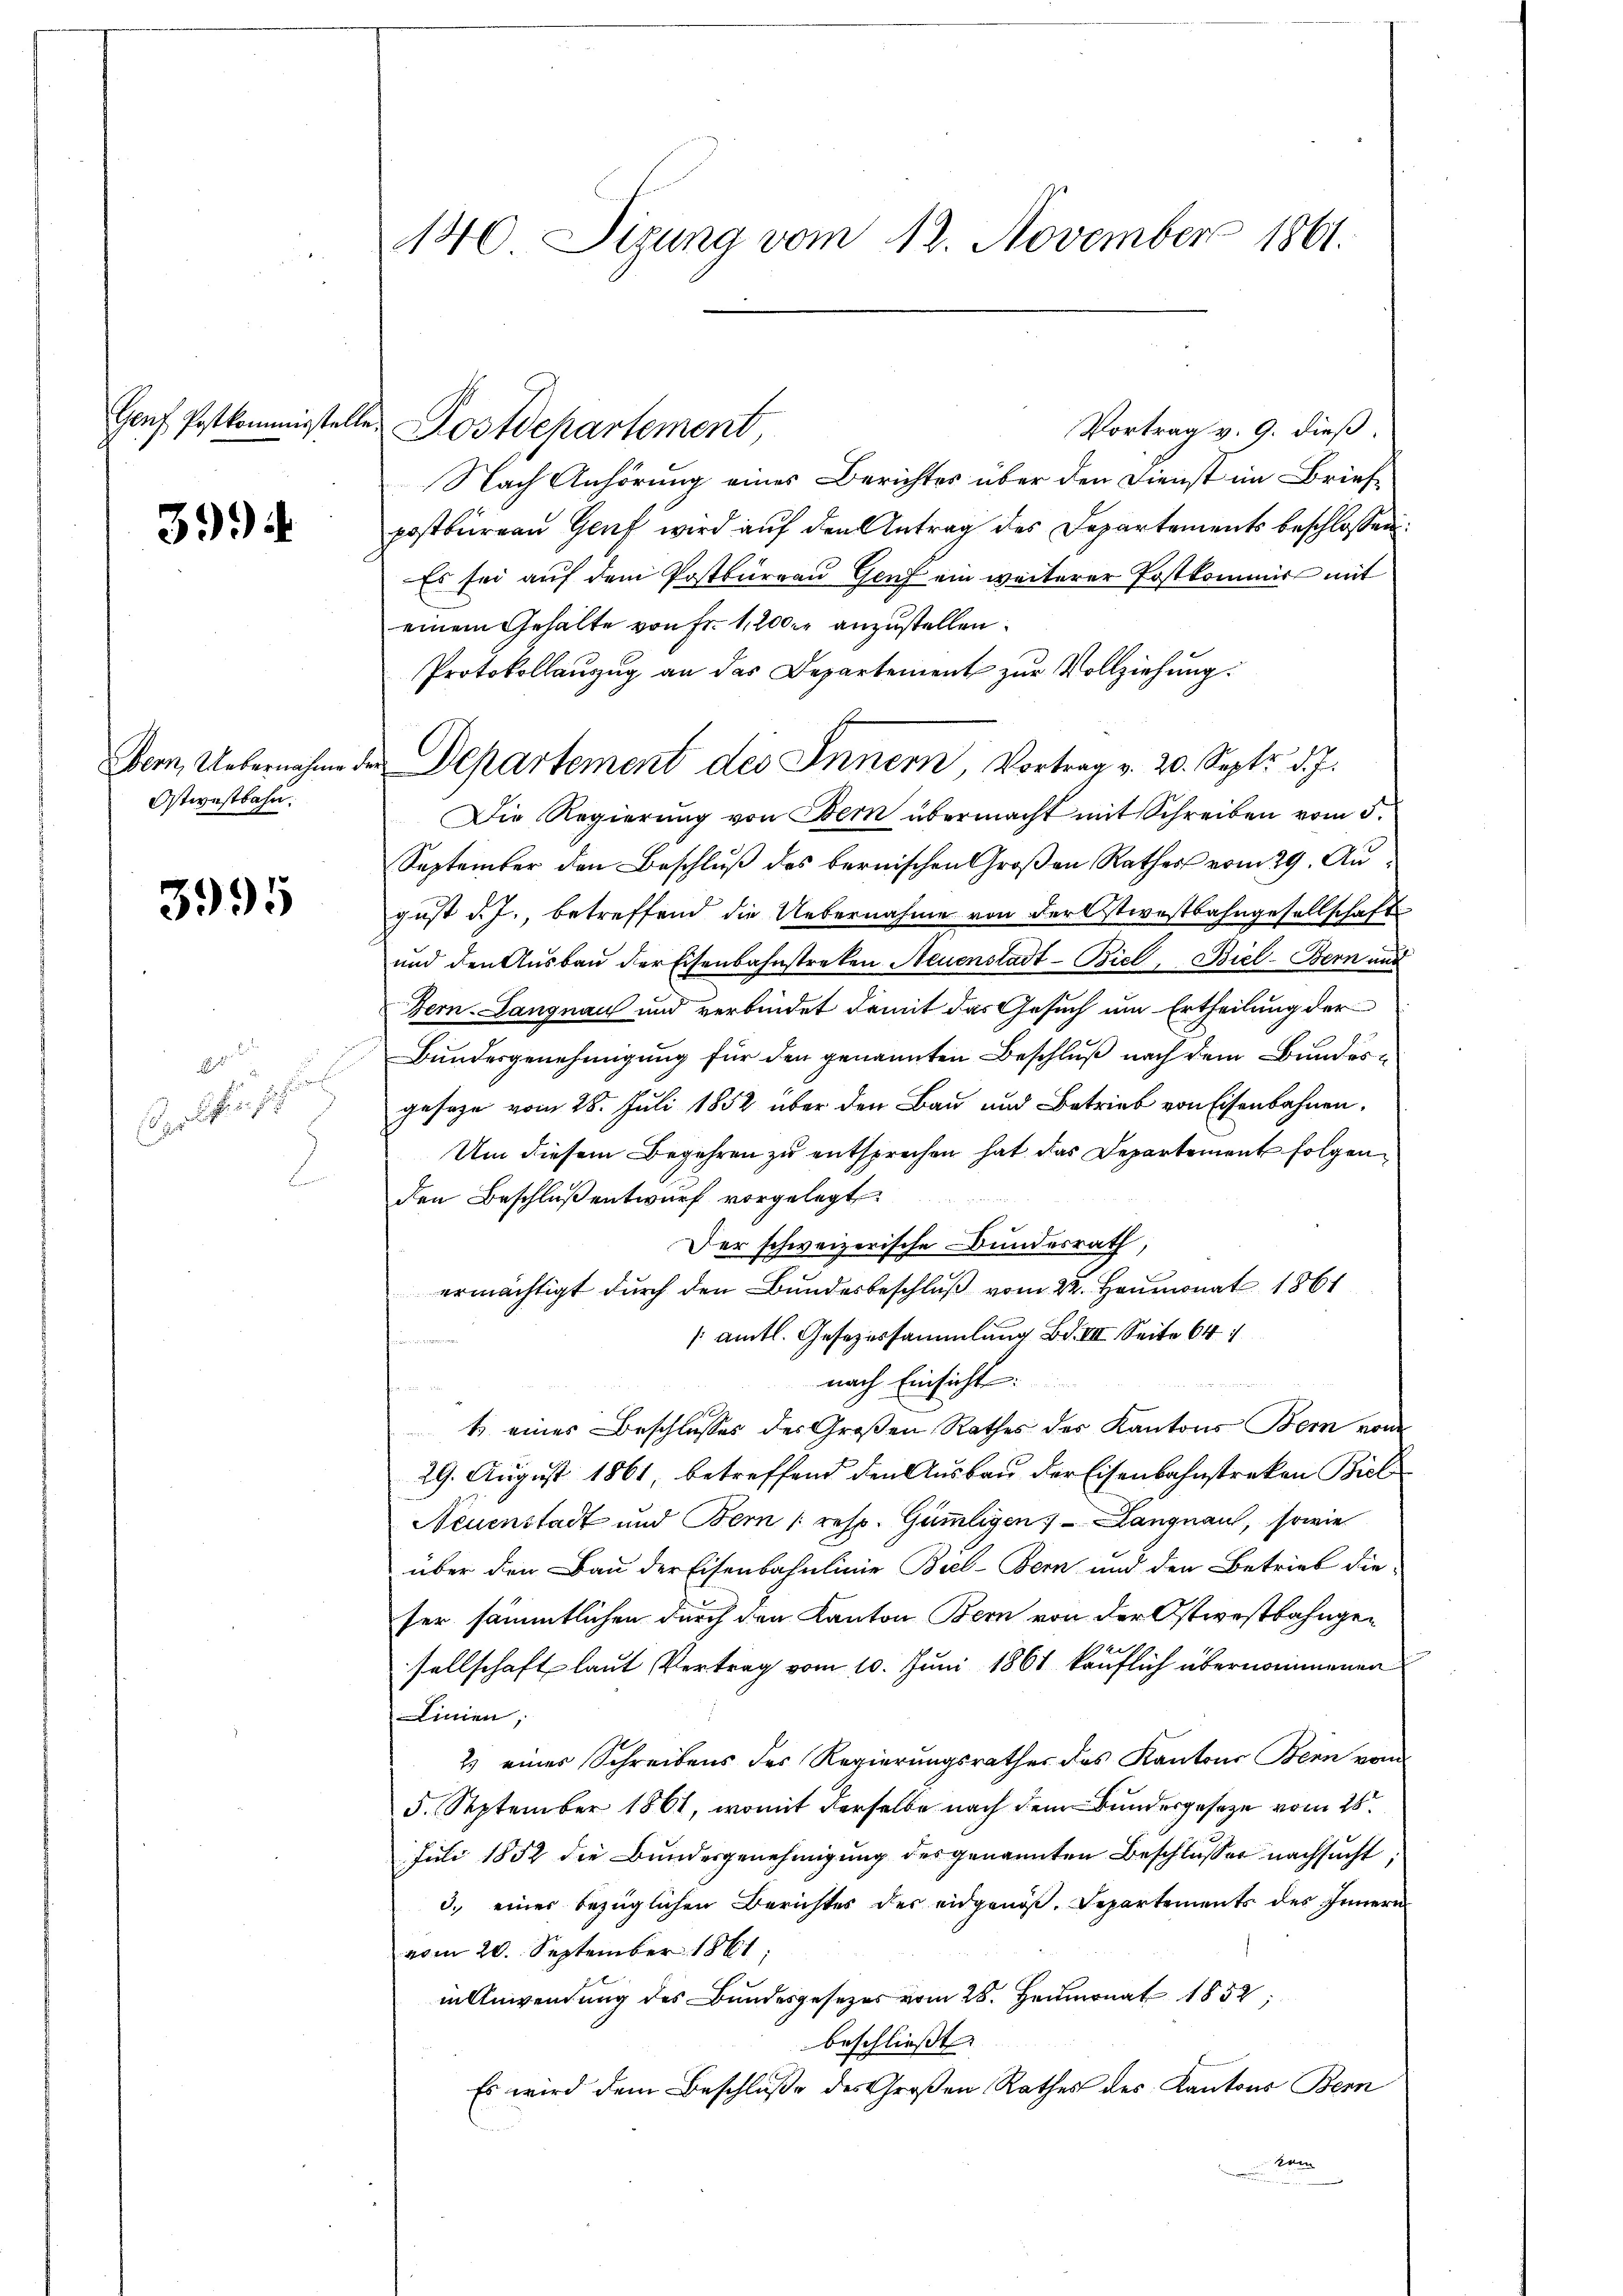
3994

Bern, Uebernahme.
Ostwestbahn.

3995

.
gelfen
2

140 Sizung vom 12. November 1861.

Genf Postkommissteller Postdepartement

Vortrag v. 9. dieß.
Nach Anhörung eines Berichtes über den Dienst im Briefe
postburen Genf wird auf den Antrag des Departements beschlossen:
Es sei auf dem Postbureau Genf ein weiterer Postkommer mit
einem Gehalte von Fr. 1,200. anzustellen.
Protokollanzug an das Departement zur Vollziehung:
Die Regierung von Bern übermacht mit Schreiben vom 5.
September den Beschluß des bernischen Großen Rathers vom 29. August d. J., betreffend die Uebernahme von der stiestbahngesellschaft
und den Aŭsbaŭ der Eisenbahnstreken Neuenstadt-Biel, Biel-Bern und
Bern-Langnau und verbindet damit das Gesuch um Ertheilung der
Bundesgenehmigung für den genannten Beschluß nach dem Bundesgesage vom 28. Juli 1852 über den Bau und Betrieb von Eisenbahnen.
Um diesem Begehren zu entsprechen hat das Departement folgenden Beschluß entwurf vorgelegt
Der schweizerische Bundesrath,
ermächtigt durch den Bundesbeschluß vom 22. Heumonat 1861
 amtl. Gesezessammlung Bd. VIII. Seite 64
nach Einsicht:
t eines Beschlusses des Großen Rathes des Kantons Bern vom
29. August 1861 betreffend den Ausbau der Eisenbahnstreken Biel
Neuenstadt und Bern (resp. Gümmligen - Langnau, sowie
über den Bau der Eisenbahnlinie Biel-Bern und den Betrieb die-
ser sämmtlichen durch den Kanton Bern von der Ostwestbahngesellschaft laut Vertrag vom 10. Juni 1861 käuflich übernommenen
Linien,
2 einer Schreibens der Regierŭngsrathes des Kantons Bern vom
5. September 1861, womit derselbe nach dem Bundesgesetze vom 28.
Juli 1852 die Bundesgenehmigung des genannten Beschlusser nachsucht,
3. einer bezüglichen Berichtes der eidgenöß. Departements des Innern
vom 20. September 1861
in Anwendung des Bundesgesetzes vom 28. Heumonat 1852,
beschließt:
Es wird dem Beschluße des Großen Rathes des Kantons Bern
dem

de Departement des Innern, Vortrag v. 20. Sept. d. J.